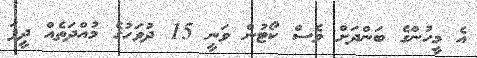
އެ މީހުންގެ ބަންދަށް ވެސް ކޯޓުން ވަނީ 15 ދުވަހުގެ މުއްދަތެއް ދީފަ